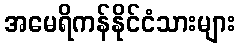
အမေရိကန်နိုင်ငံသားများ